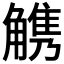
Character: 𧤤